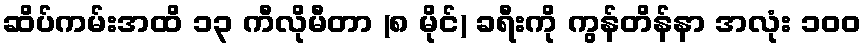
ဆိပ်ကမ်းအထိ ၁၃ ကီလိုမီတာ (၈ မိုင်) ခရီးကို ကွန်တိန်နာ အလုံး ၁၀၀